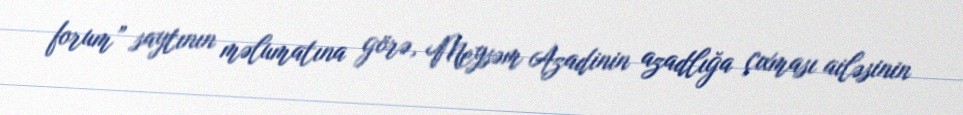
forum” saytının məlumatına görə, Meysəm Azadinin azadlığa çıxması ailəsinin